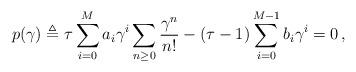
LaTeX: \begin{align*} p(\gamma) \triangleq \tau\sum_{i=0}^{M} a_i \gamma^i \sum_{n\ge0} \frac{\gamma^n}{n!} - (\tau-1)\sum_{i=0}^{M-1}b_i \gamma^{i} = 0 \,,\end{align*}